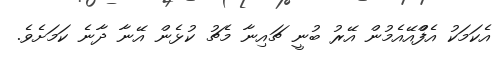
އެކަމަކު އެފްްއޭއެމުން އޭރު ބުނީ ޗައިނާ މެޗު ކުޅެން އޭނާ ދާނެ ކަމަށެވެ.